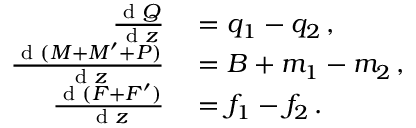
\begin{array} { r l } { \frac { \textnormal { d } Q } { \textnormal { d } z } } & { { } = q _ { 1 } - q _ { 2 } \, , } \\ { \frac { \textnormal { d } ( M + M ^ { \prime } + P ) } { \textnormal { d } z } } & { { } = B + m _ { 1 } - m _ { 2 } \, , } \\ { \frac { \textnormal { d } ( F + F ^ { \prime } ) } { \textnormal { d } z } } & { { } = f _ { 1 } - f _ { 2 } \, . } \end{array}